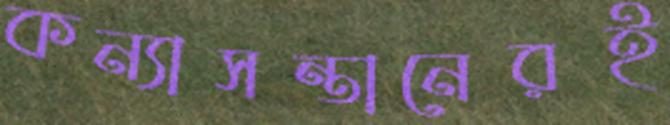
কন্যাসন্তানেরই